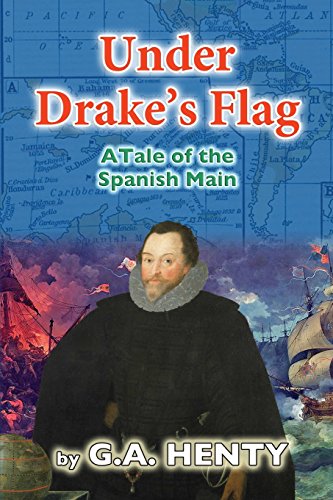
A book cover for Under Drake's Flag: A Tale of the Spanish Main; G A Henty; Teen & Young Adult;